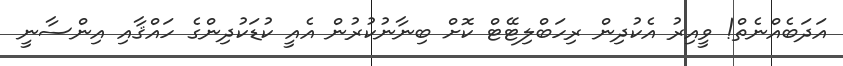
އަދަބެއްނެތް! ވީއިރު އެކުދިން ރިހަބްލިޓޭޓް ކޮށް ބިނާނުކުރުން އެއީ ކުޑަކުދިންގެ ހައްޤާއި އިންސާނީ